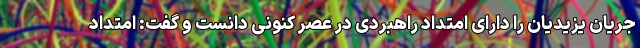
جریان یزیدیان را دارای امتداد راهبردی در عصر کنونی دانست و گفت: امتداد